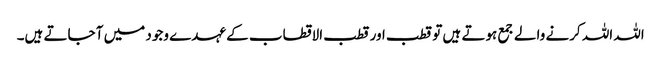
اللہ اللہ کرنے والے جمع ہوتے ہیں تو قطب اور قطب الاقطاب کے عہدے وجود میں آ جاتے ہیں۔